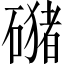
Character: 𱴴